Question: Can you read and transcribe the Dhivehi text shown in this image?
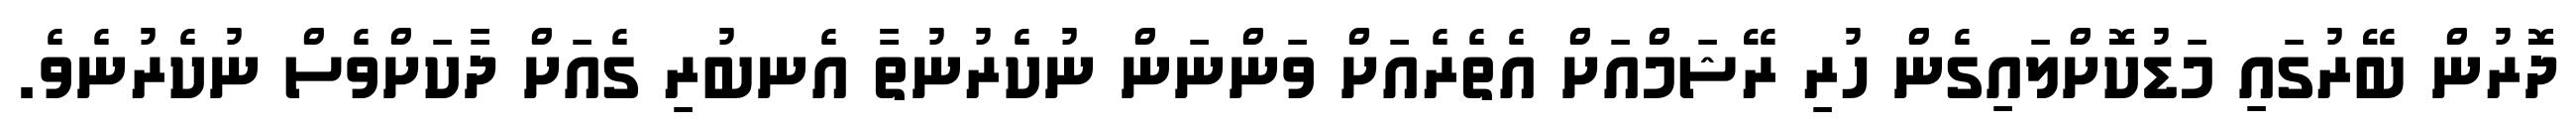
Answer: ދޮރުން ބޭރުގައި މަޑުކޮށްލައިގެން ހުރި ރޭޝަމްއަށް އެތެރެއަށް ވަންނަން ނުކެރުނުތާ އެނބުރި ގެއަށް ދާކަށްވެސް ނުކެރުނެވެ.